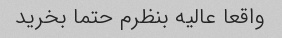
واقعا عالیه بنظرم حتما بخرید